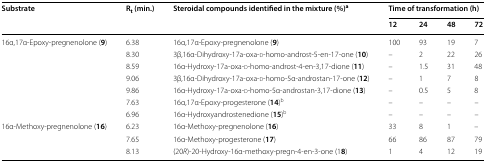
<table><thead><tr><td rowspan="2"><b>Substrate</b></td><td rowspan="2"><b>R<sub>t</sub> (min.)</b></td><td rowspan="2"><b>Steroidal compounds identified in the mixture (%)<sup>a</sup></b></td><td colspan="4"><b>Time of transformation (h)</b></td></tr><tr><td><b>12</b></td><td><b>24</b></td><td><b>48</b></td><td><b>72</b></td></tr></thead><tbody><tr><td rowspan="7">16α,17α-Epoxy-pregnenolone (<b>9</b>)</td><td>6.38</td><td>16α,17α-Epoxy-pregnenolone (<b>9</b>)</td><td>100</td><td>93</td><td>19</td><td>7</td></tr><tr><td>8.30</td><td>3β,16α-Dihydroxy-17a-oxa-d-homo-androst-5-en-17-one (<b>10</b>)</td><td>–</td><td>2</td><td>22</td><td>26</td></tr><tr><td>8.59</td><td>16α-Hydroxy-17a-oxa-d-homo-androst-4-en-3,17-dione (<b>11</b>)</td><td>–</td><td>1.5</td><td>31</td><td>48</td></tr><tr><td>9.06</td><td>3β,16α-Dihydroxy-17a-oxa-d-homo-5α-androstan-17-one (<b>12</b>)</td><td>–</td><td>1</td><td>7</td><td>8</td></tr><tr><td>9.86</td><td>16α-Hydroxy-17a-oxa-d-homo-5α-androstan-3,17-dione (<b>13</b>)</td><td>–</td><td>0.5</td><td>5</td><td>8</td></tr><tr><td>7.63</td><td>16α,17α-Epoxy-progesterone (<b>14</b>)<sup>b</sup></td><td>–</td><td>–</td><td>–</td><td>–</td></tr><tr><td>6.96</td><td>16α-Hydroxyandrostenedione (<b>15</b>)<sup>b</sup></td><td>–</td><td>–</td><td>–</td><td>–</td></tr><tr><td rowspan="3">16α-Methoxy-pregnenolone (<b>16</b>)</td><td>6.23</td><td>16α-Methoxy-pregnenolone (<b>16</b>)</td><td>33</td><td>8</td><td>1</td><td>–</td></tr><tr><td>7.65</td><td>16α-Methoxy-progesterone (<b>17</b>)</td><td>66</td><td>86</td><td>87</td><td>79</td></tr><tr><td>8.13</td><td>(20<i>R</i>)-20-Hydroxy-16α-methoxy-pregn-4-en-3-one (1<b>8</b>)</td><td>1</td><td>4</td><td>12</td><td>19</td></tr></tbody></table>